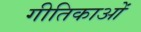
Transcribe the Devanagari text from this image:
गीतिकाओं